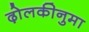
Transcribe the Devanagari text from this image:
ढ़ोलकीनुमा